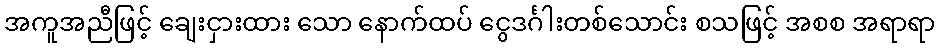
အကူအညီဖြင့် ချေးငှားထား သော နောက်ထပ် ငွေဒင်္ဂါးတစ်သောင်း စသဖြင့် အစစ အရာရာ